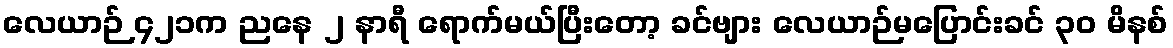
လေယာဉ် ၄၂၁က ညနေ ၂ နာရီ ရောက်မယ်ပြီးတော့ ခင်ဗျား လေယာဉ်မပြောင်းခင် ၃၀ မိနစ်